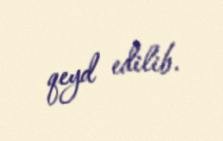
qeyd edilib.